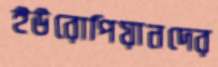
ইউরোপিয়ানদের